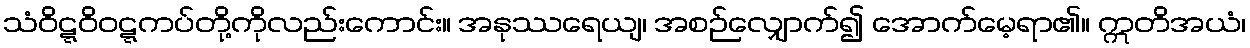
သံဝိဋ္ဋဝိဝဋ္ဋကပ်တို့ကိုလည်းကောင်း။ အနုဿရေယျ၊ အစဉ်လျှောက်၍ အောက်မေ့ရာ၏။ ဣတိအယံ၊